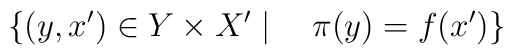
\{(y,x')\in Y\times X' \mid \quad \pi(y) =f(x')\}